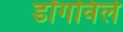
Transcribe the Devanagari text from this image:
डॉगविले